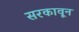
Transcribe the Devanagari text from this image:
सरकावून